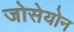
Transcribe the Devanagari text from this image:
जोसेयोन